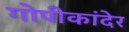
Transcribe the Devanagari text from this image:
गोपीकांदेर